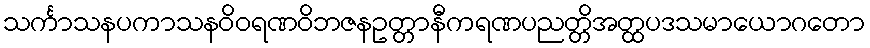
သင်္ကာသနပကာသနဝိဝရဏဝိဘဇနဥတ္တာနီကရဏပညတ္တိအတ္ထပဒသမာယောဂတော